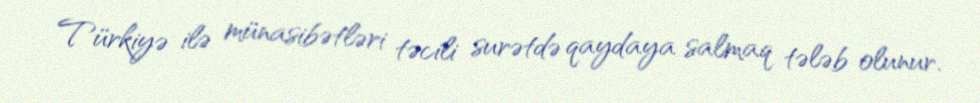
Türkiyə ilə münasibətləri təcili surətdə qaydaya salmaq tələb olunur.